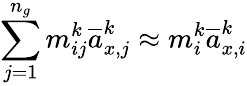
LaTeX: \sum_{j=1}^{n_{g}}m_{ij}^{k}\overline{{a}}_{x,j}^{k}\approx m_{i}^{k}\overline{{a}}_{x,i}^{k}